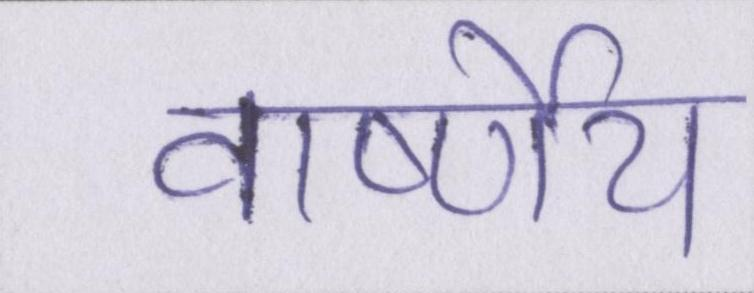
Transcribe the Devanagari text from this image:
वार्ष्णेय